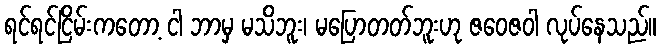
ရင်ရင်ငြိမ်းကတော့ ငါ ဘာမှ မသိဘူး၊ မပြောတတ်ဘူးဟု ဇဝေဇဝါ လုပ်နေသည်။